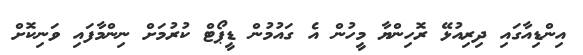
އިންޑިއާގައި ދިރިއުޅޭ ރޮހިންޔާ މީހުން އެ ގައުމުން ޑީޕޯޓް ކުރުމަށް ނިންމާފައި ވަނިކޮށް